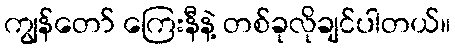
ကျွန်တော် ကြေးနီနဲ့ တစ်ခုလိုချင်ပါတယ်။